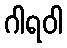
ဂါရဝါ